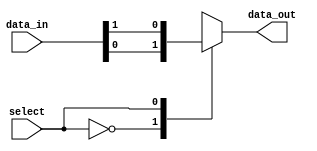
module io_buffer (
    input wire [3:0] data_in,
    input wire select,
    output reg data_out
);

always @ (data_in, select)
begin
    case (select)
        0: data_out = data_in[0];
        1: data_out = data_in[1];
        2: data_out = data_in[2];
        3: data_out = data_in[3];
        default: data_out = data_in[0];
    endcase
end

endmodule